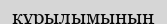
кұрылымының